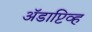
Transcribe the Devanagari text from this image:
अॅडाप्टिव्ह